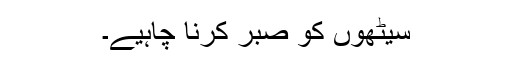
سیٹھوں کو صبر کرنا چاہیے۔